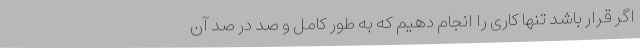
اگر قرار باشد تنها کاری را انجام دهیم که به طور کامل و صد در صد آن